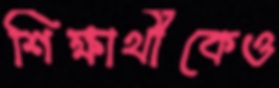
শিক্ষার্থীকেও